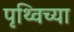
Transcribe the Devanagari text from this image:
पृथ्विच्या